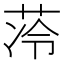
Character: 𮶣